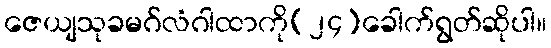
ဇေယျသုခမဂ်လံဂါထာကို(၂၄)ခေါက်ရွတ်ဆိုပါ။